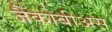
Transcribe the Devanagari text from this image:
जैकोबीअस